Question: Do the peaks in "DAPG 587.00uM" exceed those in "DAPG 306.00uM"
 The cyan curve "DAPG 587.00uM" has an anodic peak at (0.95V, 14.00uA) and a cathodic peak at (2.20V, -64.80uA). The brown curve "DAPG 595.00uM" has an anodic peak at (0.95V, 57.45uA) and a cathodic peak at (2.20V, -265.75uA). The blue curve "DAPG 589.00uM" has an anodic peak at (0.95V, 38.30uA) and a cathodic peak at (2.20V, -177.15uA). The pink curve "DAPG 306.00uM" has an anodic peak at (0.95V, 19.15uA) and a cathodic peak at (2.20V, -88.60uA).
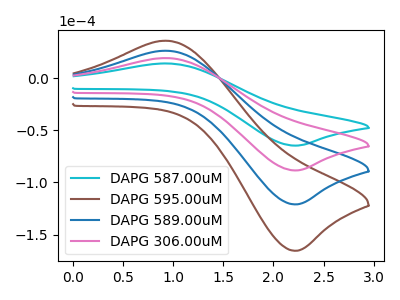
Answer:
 <answer>Every peak in "DAPG 587.00uM" is lower than every peak in "DAPG 306.00uM".</answer>
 <eval>lower</eval>